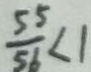
\frac { 5 5 } { 5 6 } < 1